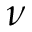
\nu